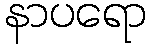
နာပရော